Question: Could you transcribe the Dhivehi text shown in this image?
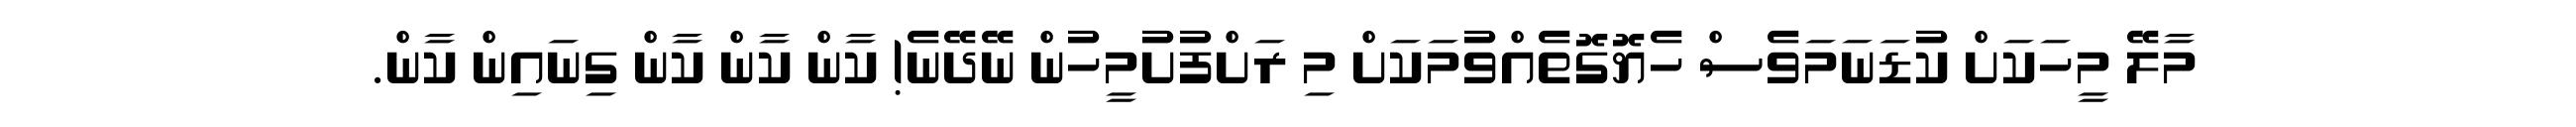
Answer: މާލޭ މީހަކަށް ކުޑަނަމަވެސް ހެޔޮގޮތެއްވުމަކަށް މި ރަށްފުށުމީހުން ނޭދޭނެ! ކާން ކާން ކާން ގިނައިން ކާން.